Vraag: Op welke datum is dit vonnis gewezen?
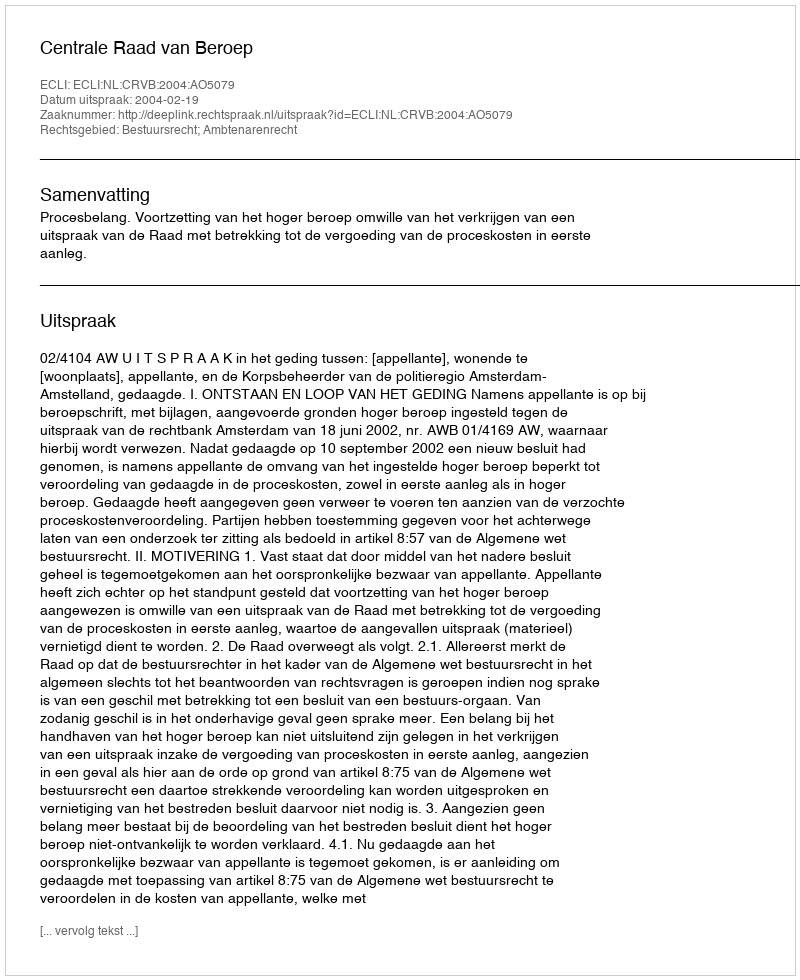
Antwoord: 2004-02-19